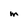
Character: m